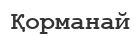
Қорманай